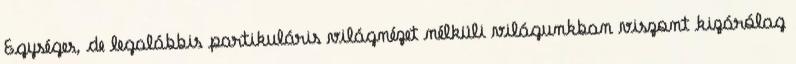
Egységes, de legalábbis partikuláris világnézet nélküli világunkban viszont kizárólag